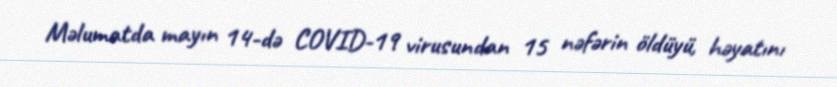
Məlumatda mayın 14-də COVID-19 virusundan 15 nəfərin öldüyü, həyatını